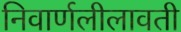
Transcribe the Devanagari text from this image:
निवार्णलीलावती